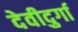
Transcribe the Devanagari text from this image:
देवीदुर्गा